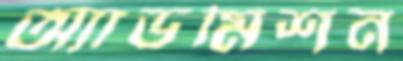
অ্যাডমিশন